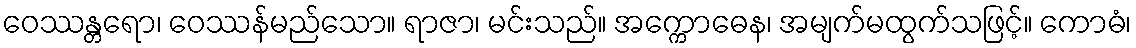
ဝေဿန္တရော၊ ဝေဿန်မည်သော။ ရာဇာ၊ မင်းသည်။ အက္ကောဓေန၊ အမျက်မထွက်သဖြင့်။ ကောဓံ၊